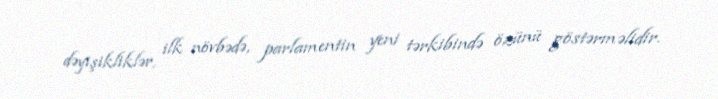
dəyişikliklər, ilk növbədə, parlamentin yeni tərkibində özünü göstərməlidir.